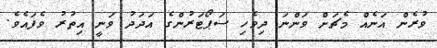
ވުރެން އަނެއް މެޗަށް ވަންނަ ދިވެހި ސަޕޯޓަރުންގެ އަދަދު ވަނީ އިތުރު ވެފައެވެ.